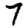
Digit: 7